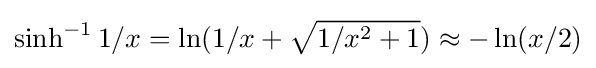
\sinh ^{-1}1/x=\ln(1/x+{\sqrt {1/x^{2}+1}})\approx -\ln(x/2)